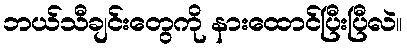
ဘယ်သီချင်းတွေကို နားထောင်ပြီးပြီလဲ။